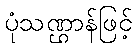
ပုံသဏ္ဌာန်ဖြင့်